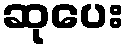
ဆုပေး